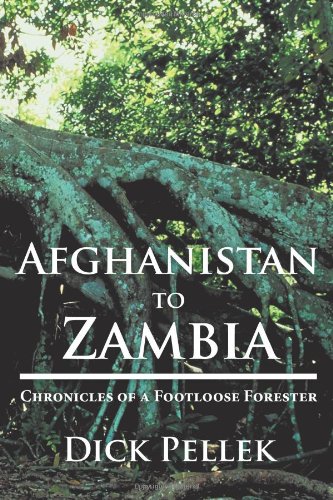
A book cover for Afghanistan to Zambia: Chronicles of a Footloose Forester; Dick Pellek; Travel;